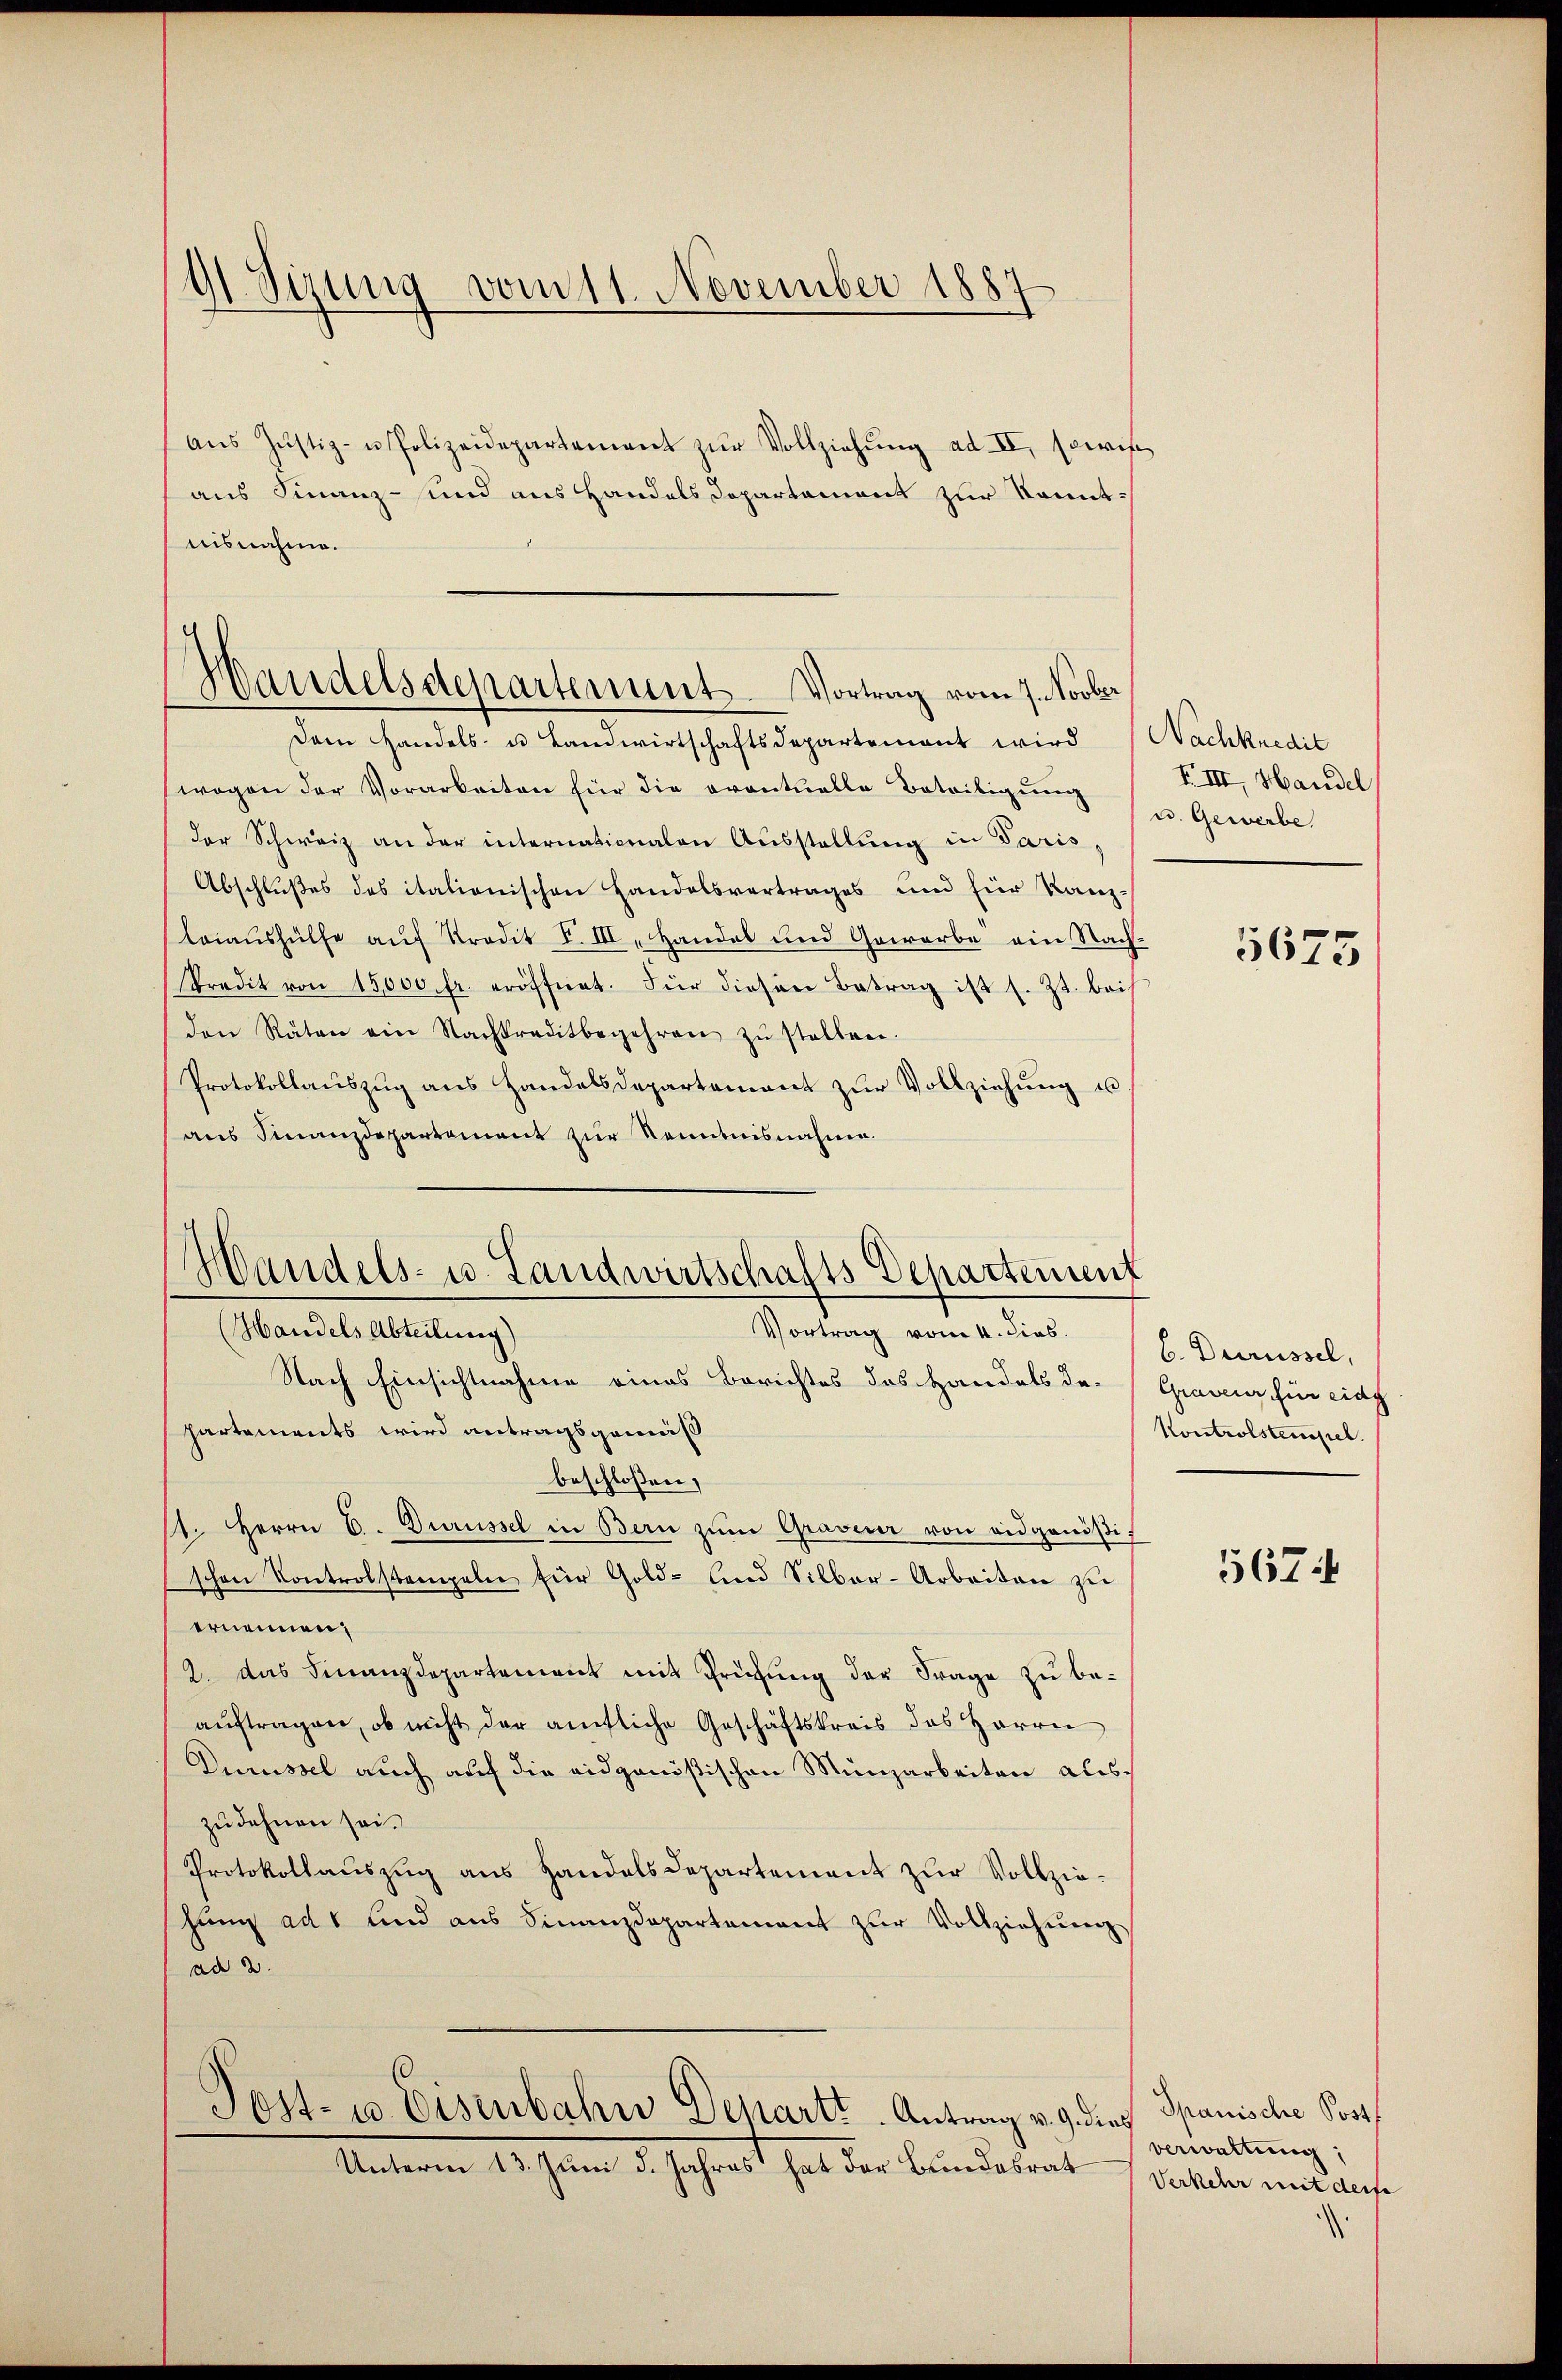
91. Sizung vom 11. November 1887

aŭs Jŭstiz- u Polizeidepartement zŭr Vollziehŭng ad II, sowie
aus Finanz- und aus Handels Departement zur Kenntnisnahme.

Handelsdepartement. Vortrag vom 7. Novber

Handels- u. Landwirtschafts Departenuent

Vortrag vom 4. dies
Handels Abteilung)
Nach Einsichtnahme eines Berichtes des Handels departements wird antragsgemäß
beschlossen,
11. Herrn C. Durüssel in Bern zŭm Graverer von eidgenößischen Kontrolstempeln für Gold- und Silber-Arbeiten zŭ
ernennen;
2. Das Finanzdepartement mit Grühung der Frage zu beaŭftragen, ob nicht der amtliche Geschäftskreis des Herrn
Durüssel auch auf die eidgenößischen Münzarbeiten auszudehnen sei.
Protokollauszug aus Handels Departement zur Vollziehung ad 1 und aus Finanzdepartement zŭr Vollziehŭng
ad 2.
Post- u. Eisenbahn Denartt. Antrag v. 9. dies
Unterm 12. Juni d. Jahret hat der Bundesrat

Dem Handels- u Landwirtschaftsdepartement wird (Nachkredit
wogen der Vorarbeiten für die eventuelle Beteiligŭng u. Gewerbe.
der Schweiz an der internationalen Ausstellung in Paris,
Abschlußes des italionischen Handelsvertrages und für Kanz¬
Leiaushülfe auf Kredit F. III, Handel und Gewerbe ein Nach-
Predit von 15000 fr. eröffnet. Für diesen Betrag ist s. Zt. beis
den Räten ein Nachkreditbegehren zŭ stellen.
Protokollauszug aus Handelsdepartement zur Vollziehung u
aus Finanzdepartement zur Kenntnisnahme.

EIII. Handel

5673

C. Durüssel,
Graverer für eidg
Kontrolstempel.

567:

Spanische Postf
verwaltung,
Verkehr mit derse